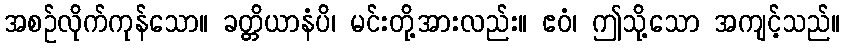
အစဉ်လိုက်ကုန်သော။ ခတ္တိယာနံပိ၊ မင်းတို့အားလည်း။ ဧဝံ၊ ဤသို့သော အကျင့်သည်။